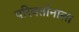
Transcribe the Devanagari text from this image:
परिवर्तानाला